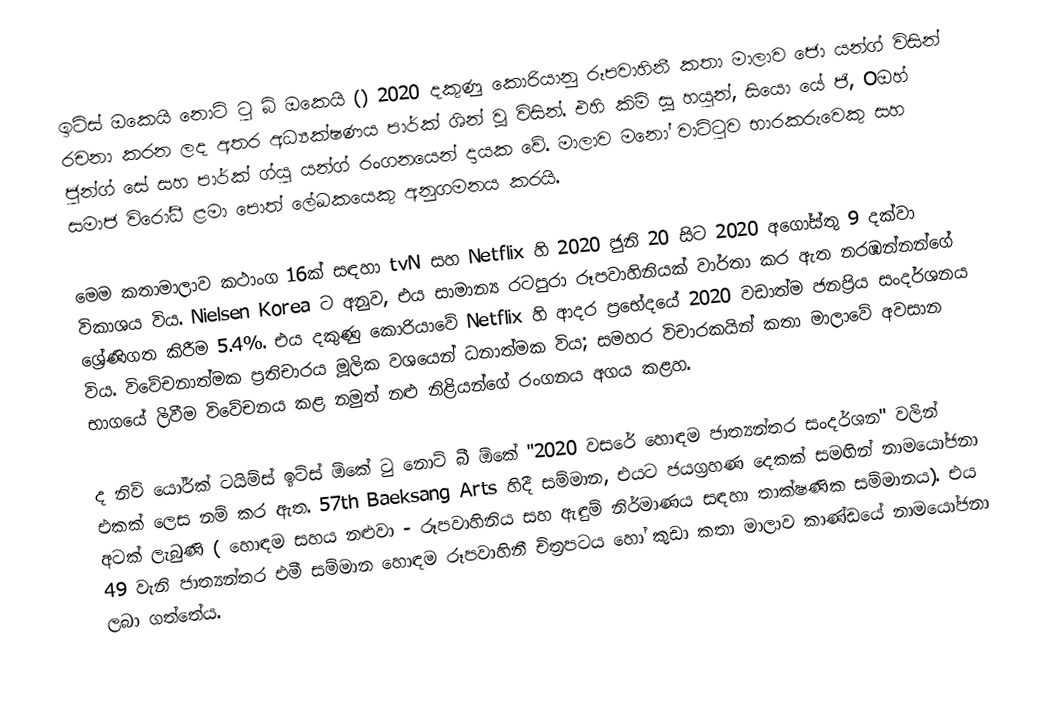
ඉට්ස් ඔකෙයි නොට් ටු බි ඔකෙයි () 2020 දකුණු කොරියානු රූපවාහිනී කතා මාලාව ජො යන්ග් විසින් රචනා කරන ලද අතර අධ්‍යක්ෂණය පාර්ක් ශින් වූ විසින්. එහි කිම් සූ හයුන්, සියො යේ ජි, Oඔහ් ජුන්ග් සේ සහ පාර්ක් ග්යු යන්ග් රංගනයෙන් දායක වේ. මාලාව මනෝ වාට්ටුව භාරකරුවෙකු සහ සමාජ විරෝධී ළමා පොත් ලේඛකයෙකු අනුගමනය කරයි.

මෙම කතාමාලාව කථාංග 16ක් සඳහා tvN සහ Netflix හි 2020 ජුනි 20 සිට 2020 අගෝස්තු 9 දක්වා විකාශය විය. Nielsen Korea ට අනුව, එය සාමාන්‍ය රටපුරා රූපවාහිනියක් වාර්තා කර ඇත නරඹන්නන්ගේ ශ්‍රේණිගත කිරීම 5.4%. එය දකුණු කොරියාවේ Netflix හි ආදර ප්‍රභේදයේ 2020 වඩාත්ම ජනප්‍රිය සංදර්ශනය විය. විවේචනාත්මක ප්‍රතිචාරය මූලික වශයෙන් ධනාත්මක විය; සමහර විචාරකයින් කතා මාලාවේ අවසාන භාගයේ ලිවීම විවේචනය කළ නමුත් නළු නිළියන්ගේ රංගනය අගය කළහ.

ද නිව් යෝර්ක් ටයිම්ස් ඉට්ස් ඕකේ ටු නොට් බී ඕකේ "2020 වසරේ හොඳම ජාත්‍යන්තර සංදර්ශන" වලින් එකක් ලෙස නම් කර ඇත. 57th Baeksang Arts හිදී සම්මාන, එයට ජයග්‍රහණ දෙකක් සමඟින් නාමයෝජනා අටක් ලැබුණි ( හොඳම සහය නළුවා - රූපවාහිනිය සහ ඇඳුම් නිර්මාණය සඳහා තාක්ෂණික සම්මානය). එය 49 වැනි ජාත්‍යන්තර එමී සම්මාන හොඳම රූපවාහිනී චිත්‍රපටය හෝ කුඩා කතා මාලාව කාණ්ඩයේ නාමයෝජනා ලබා ගත්තේය.